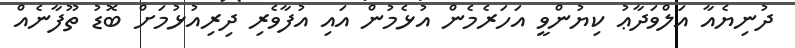
ދުނިޔެއާ އަލްވަދާޢު ކިޔުންވީ އަހަރެމެން އުޅެމުން އައި އުފާވެރި ދިރިއުޅުމަށް ބޮޑު ތޫފާނެއް